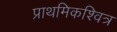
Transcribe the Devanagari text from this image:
प्राथमिकश्वित्र